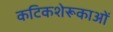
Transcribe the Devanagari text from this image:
कटिकशेरूकाओं